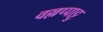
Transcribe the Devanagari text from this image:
वल्लप्पाट्टु